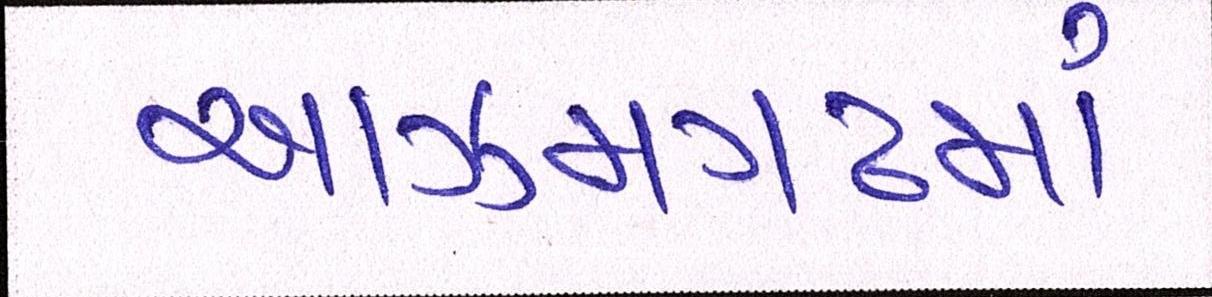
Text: આઝમગઢમાં